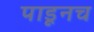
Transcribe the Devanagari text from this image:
पाडूनच